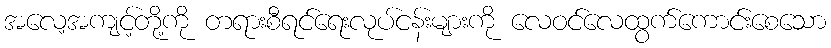
အလေ့အကျင့်တို့ကို တရားစီရင်ရေးလုပ်ငန်းများကို လေဝင်လေထွက်ကောင်းစေသော